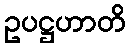
ဥပဋ္ဌဟာတိ